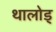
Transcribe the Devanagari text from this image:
थालोड्